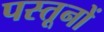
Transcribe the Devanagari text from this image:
पस्तूनों